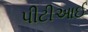
પીટીઆઈ